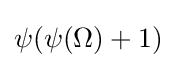
\psi (\psi (\Omega )+1)